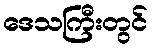
ဒေသကြီးတွင်